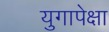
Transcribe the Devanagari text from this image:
युगापेक्षा